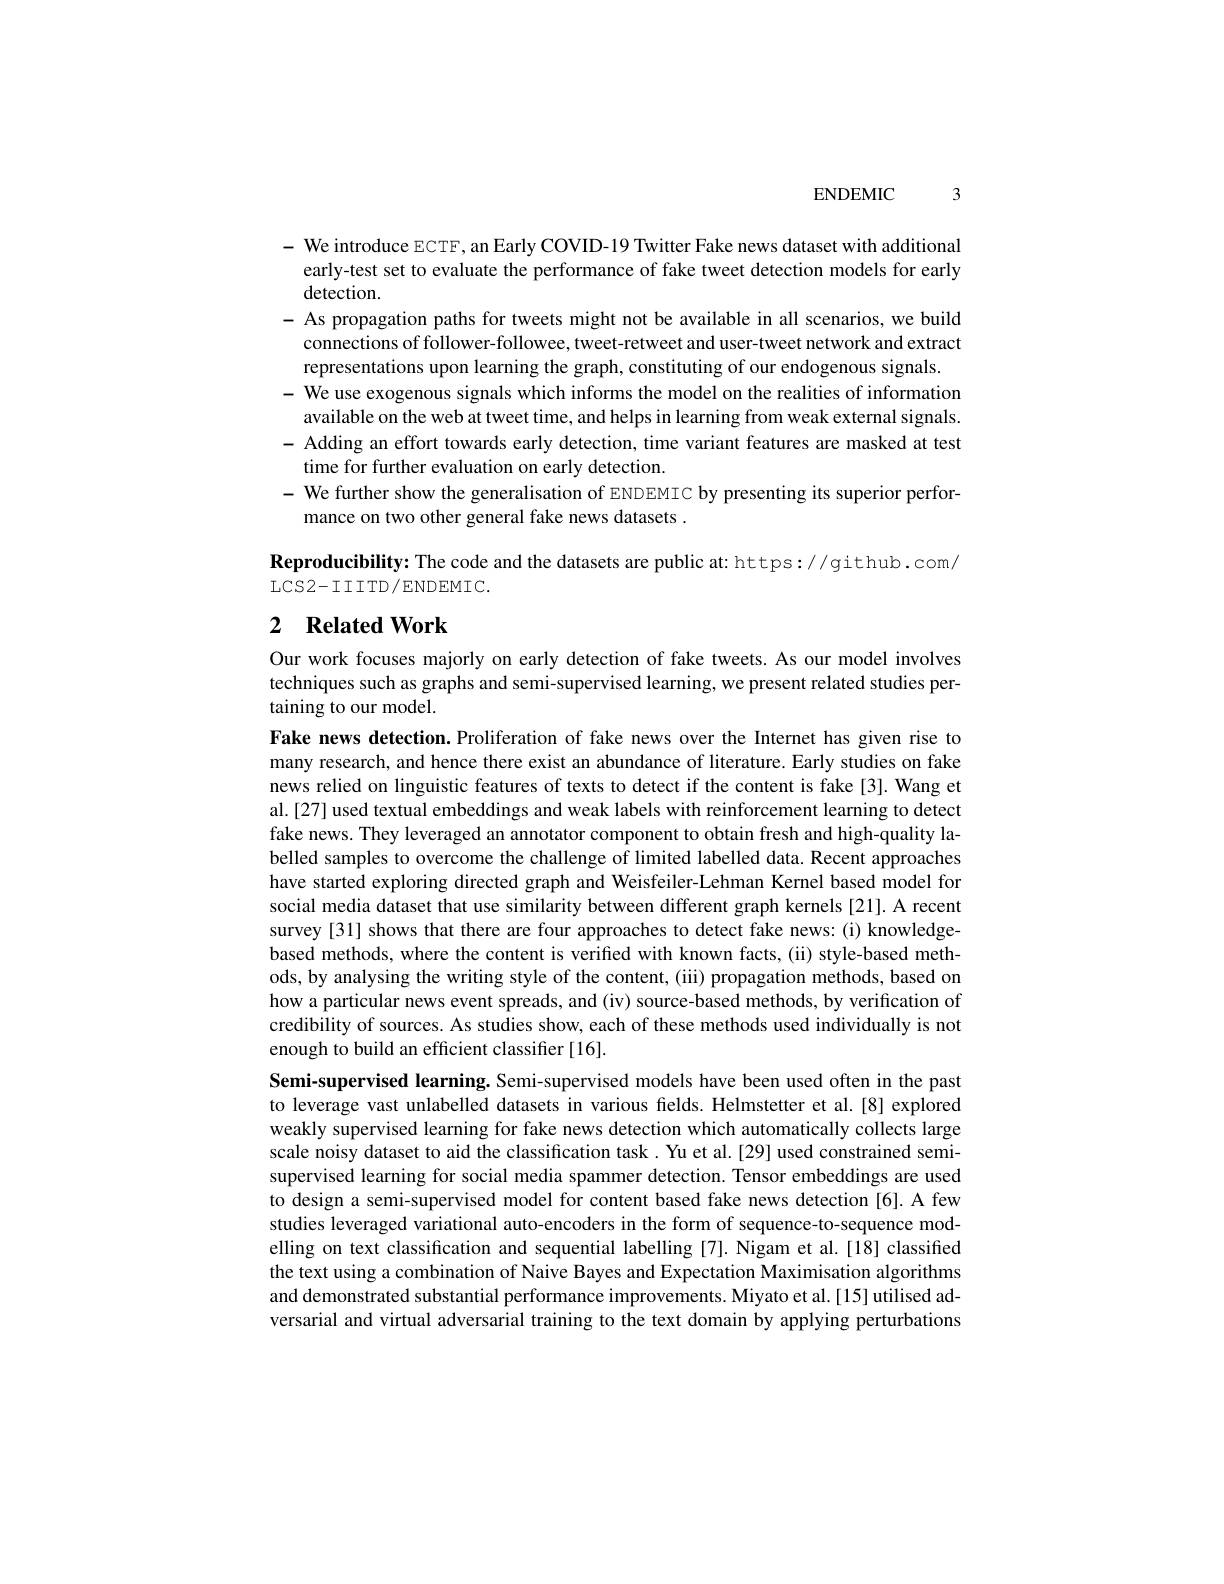
$ENDEMIC$

3

- We introduce ECTF, an Early COVID-19 Twitter Fake news dataset with additional
early-test set to evaluate the performance of fake tweet detection models for early
detection.
- As propagation paths for tweets might not be available in all scenarios, we build
connections of follower-followee, tweet-retweet and user-tweet network and extract
representations upon learning the graph, constituting of our endogenous signals
- We use exogenous signals which informs the model on the realities of information
available on the web at tweet time, and helps in learning from weak external signals. - Adding an effort towards early detection, time variant features are masked at test
time for further evaluation on early detection
- We further show the generalisation of ENDEMIC by presenting its superior perfor-
mance on two other general fake news datasets .

Reproducibility: The code and the datasets are public at: https://github.com/
LCS2- IIITD/ ENDEMIC.

# 2 Related Work

Our work focuses majorly on early detection of fake tweets. As our model involves techniques such as graphs and semi-supervised learning, we present related studies pertaining to our model.

Fake news detection.Proliferation of fake news over the Internet has given rise to many research, and hence there exist an abundance of literature. Early studies on fake news relied on linguistic features of texts to detect if the content is fake[3]. Wang et al.[27] used textual embeddings and weak labels with reinforcement learning to detect fake news. They leveraged an annotator component to obtain fresh and high-quality labelled samples to overcome the challenge of limited labelled data. Recent approaches have started exploring directed graph and Weisfeiler-Lehman Kernel based model for social media dataset that use similarity between different graph kernels [21]. A recent survey [31] shows that there are four approaches to detect fake news:(i) knowledgebased methods, where the content is verified with known facts, (ii) style-based methods, by analysing the writing style of the content, (iii) propagation methods, based on how a particular news event spreads, and (iv) source-based methods, by verification of credibility of sources. As studies show, each of these methods used individually is not enough to build an effcient classifier [16].
Semi-supervised learning. Semi-supervised models have been used often in the past to leverage vast unlabelled datasets in various felds. Helmstetter et al.[8] explored weakly supervised learning for fake news detection which automatically collects large scale noisy dataset to aid the classification task. Yu et al.[29] used constrained semisupervised learning for social media spammer detection. Tensor embeddings are used to design a semi-supervised model for content based fake news detection [6]. A few studies leveraged variational auto-encoders in the form of sequence-to-sequence modelling on text classification and sequential labelling [7]. Nigam et al.[18] classified the text using a combination of Naive Bayes and Expectation Maximisation algorithms and demonstrated substantial performance improvements. Miyato et al. [15] utilised adversarial and virtual adversarial training to the text domain by applying perturbations